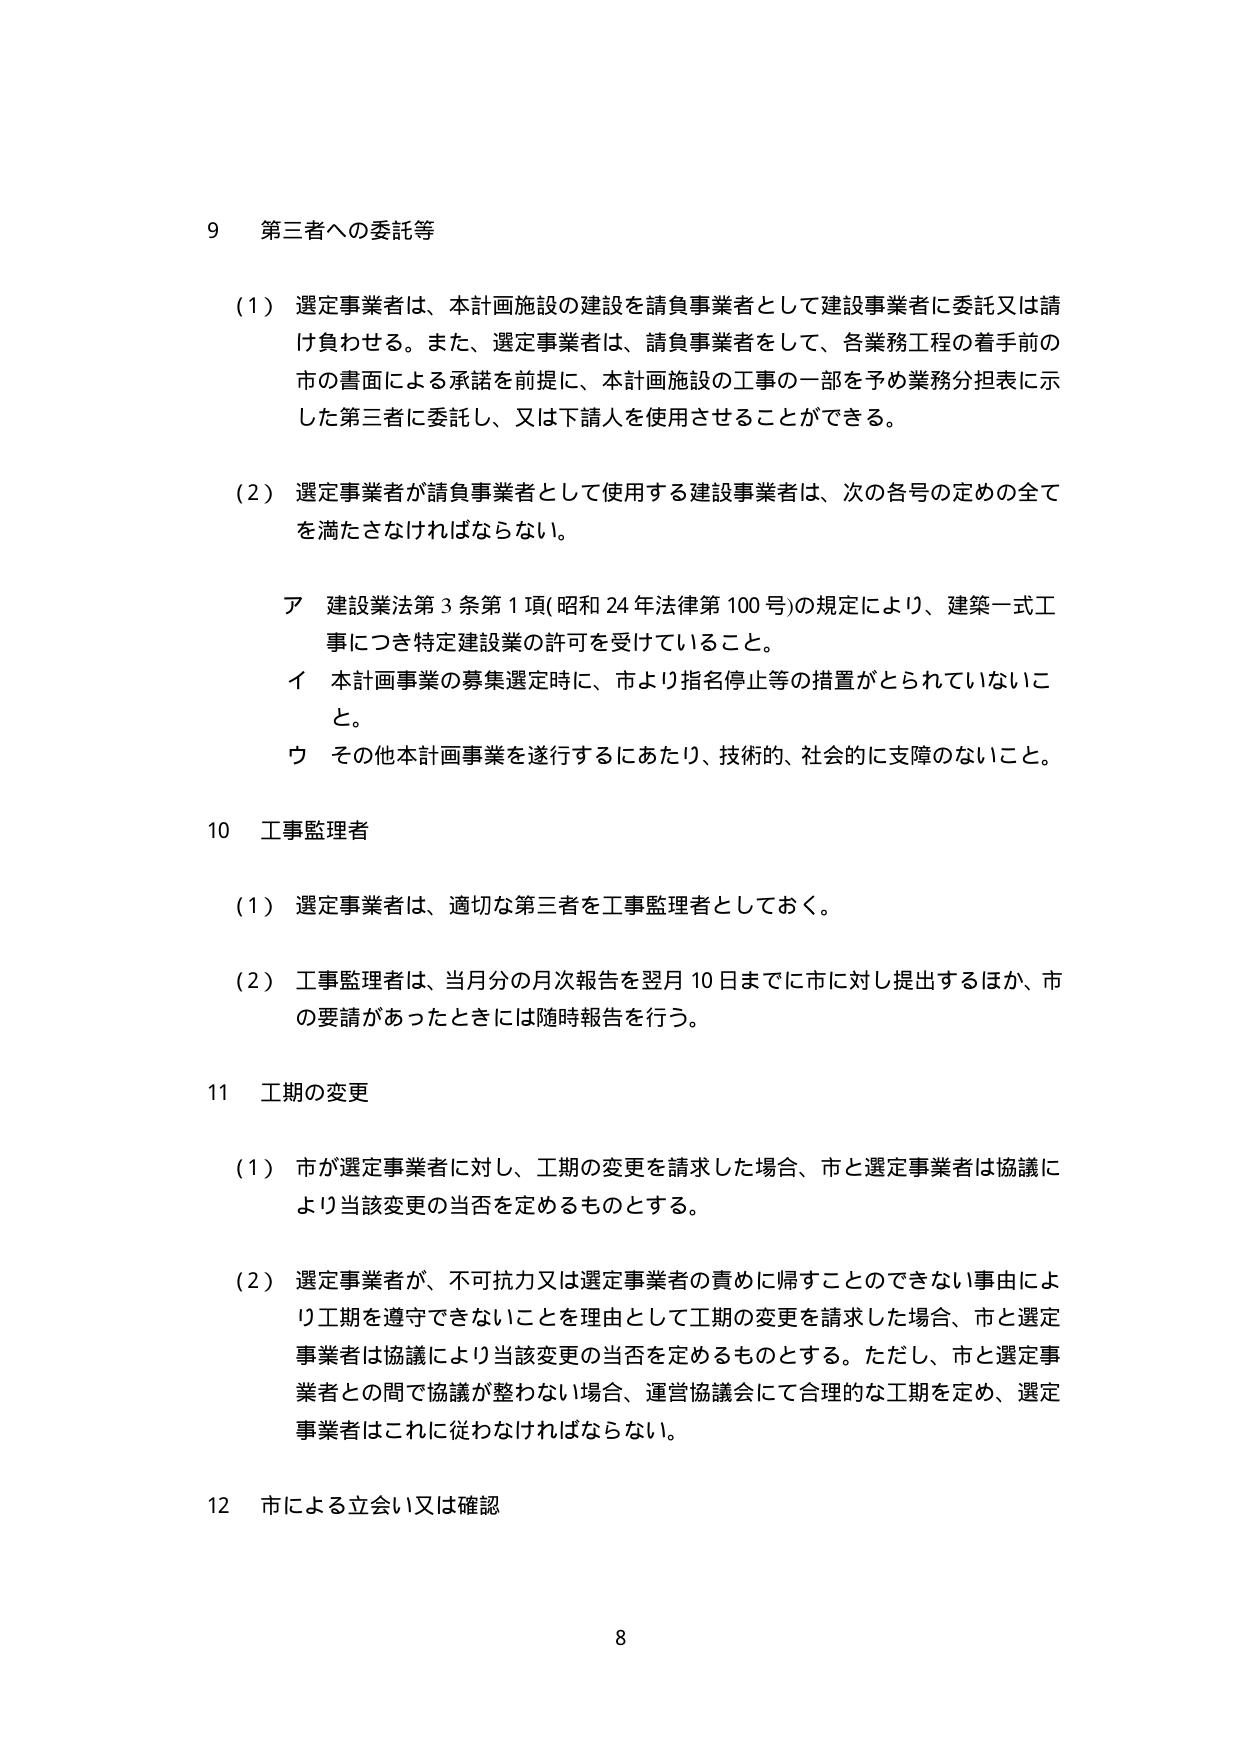
9 第三者への委託等

（1）選定事業者は、本計画施設の建設を請負事業者として建設事業者に委託又は請け負わせる。また、選定事業者は、請負事業者をして、各業務工程の着手前の市の書面による承諾を前提に、本計画施設の工事の一部を予め業務分担表に示した第三者に委託し、又は下請人を使用させることができる。

（2）選定事業者が請負事業者として使用する建設事業者は、次の各号の定めの全てを満たさなければならない。

ア 建設業法第3条第1項（昭和24年法律第100号）の規定により、建築一式工事につき特定建設業の許可を受けていること。

イ 本計画事業の募集選定時に、市より指名停止等の措置がとられていないこと。

ウ その他本計画事業を遂行するにあたり、技術的、社会的に支障のないこと。

10 工事監理者

（1）選定事業者は、適切な第三者を工事監理者としておく。

（2）工事監理者は、当月分の月次報告を翌月10日までに市に対し提出するほか、市の要請があったときには随時報告を行う。

11 工期の変更

（1）市が選定事業者に対し、工期の変更を請求した場合、市と選定事業者は協議により当該変更の当否を定めるものとする。

（2）選定事業者が、不可抗力又は選定事業者の責めに帰すことのできない事由により工期を遵守できないことを理由として工期の変更を請求した場合、市と選定事業者は協議により当該変更の当否を定めるものとする。ただし、市と選定事業者との間で協議が整わない場合、運営協議会にて合理的な工期を定め、選定事業者はこれに従わなければならない。

12 市による立会い又は確認

8